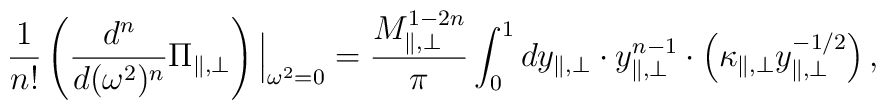
{1\over n!}\left({d^n\over d(\omega^2)^n}\Pi_{\parallel,\bot}\right)\Big{\vert}_{\omega^2=0}={M_{\parallel,\bot}^{1-2n}\over\pi}\int_{0}^{1}dy_{\parallel,\bot}\cdot y_{\parallel,\bot}^{n-1}\cdot \left(\kappa_{\parallel ,\bot}y_{\parallel,\bot}^{-1/2}\right),